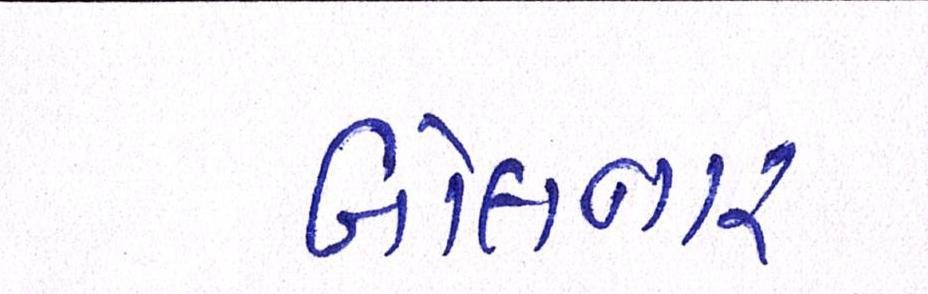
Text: બોલનાર